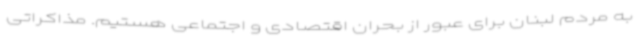
به مردم لبنان برای عبور از بحران اقتصادی و اجتماعی هستیم. مذاکراتی